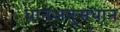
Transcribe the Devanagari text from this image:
धानअनुसंधान